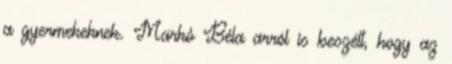
a gyermekeknek. Markó Béla arról is beszélt, hogy az